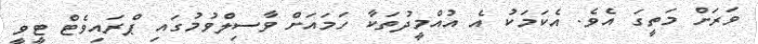
ވަރަށް މަތީގަ އެވެ. އެކަމަކު އެ އުއްމީދުތަކާ ހަމައަށް ވާސިލްވުމުގައި ޕްރައިވެޓް ޓީވީ